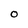
Character: o